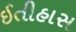
ઈતીહાસ